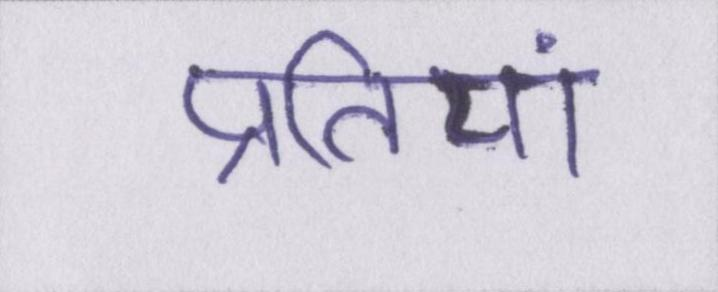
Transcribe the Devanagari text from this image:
प्रतियां